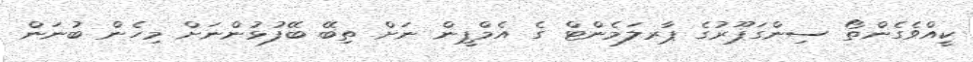
ކީއްވެގެންތޯ ސިންގަޕޫރުގެ ޕާރލަމެންޓް ގެ އެމްޕީން ނަށް ތިބޭ ބޭފުޅުންނަށް މިހެން ބުނަން